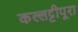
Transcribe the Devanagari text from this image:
कल्लट्टीपूरा